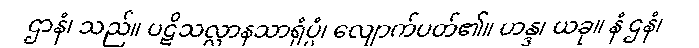
ဌာနံ၊ သည်။ ပဋိသလ္လာနသာရုံပ္ပံ၊ လျောက်ပတ်၏။ ဟန္ဒ၊ ယခု။ နံ ဌနံ၊